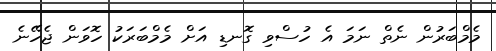
މެމްބަރުން ނެތް ނަމަ އެ ހުސްވި ގޮނޑި އަށް މެމްބަރަކު ހޮވަން ޖެހޭނެ